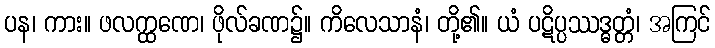
ပန၊ ကား။ ဖလက္ထဏေ၊ ဖိုလ်ခဏ၌။ ကိလေသာနံ၊ တို့၏။ ယံ ပဋိပ္ပဿဒ္ဓတ္တံ၊ အကြင်